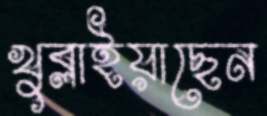
খুব্‌লাইয়াছেন